Scottish Leaving Certificate Examination, 1959
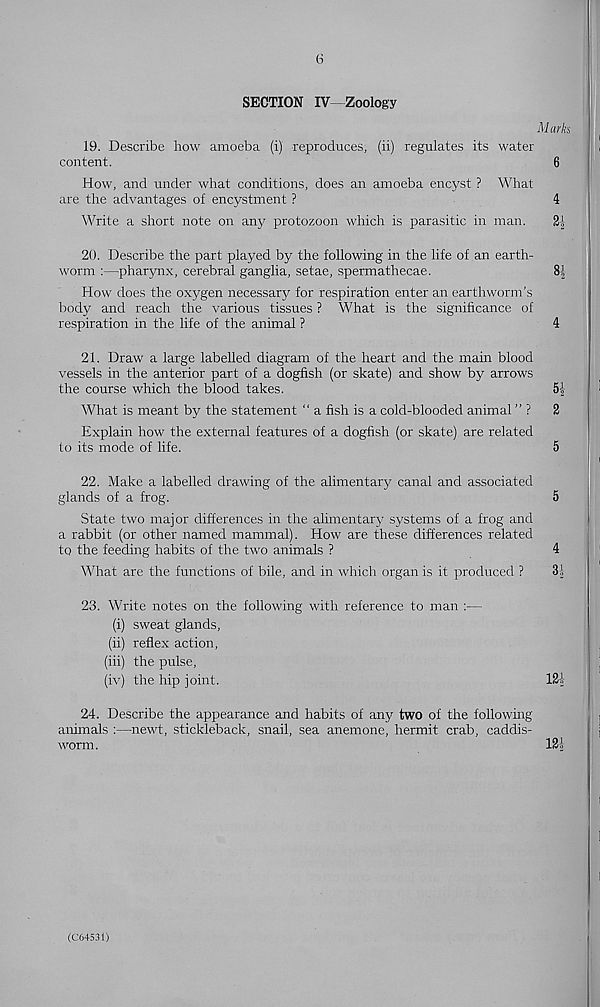
6
SECTION IV Zoology
Marks
19. Describe how amoeba (i) reproduces, (ii) regulates its water
content.
6
How, and under what conditions, does an amoeba encyst ? What
are the advantages of encystment ?
4
Write a short note on any protozoon which is parasitic in man.
20. Describe the part played by the following in the life of an earth-
worm :—pharynx, cerebral ganglia, setae, spermathecae.
8|
How does the oxygen necessary for respiration enter an earthworm's
body and reach the various tissues ? What is the significance of
respiration in the life of the animal ?
4
21. Draw a large labelled diagram of the heart and the main blood
vessels in the anterior part of a dogfish (or skate) and show by arrows
the course which the blood takes.
5 J
2 -
What is meant by the statement “ a fish is a cold-blooded animal ” ? 2
Explain how the external features of a dogfish (or skate) are related
to its mode of life.
5
22. Make a labelled drawing of the alimentary canal and associated
glands of a frog.
5
State two major differences in the alimentary systems of a frog and
a rabbit (or other named mammal). How are these differences related
to the feeding habits of the two animals ?
4
What are the functions of bile, and in which organ is it produced ?
31
23. Write notes on the following with reference to man :—
(i) sweat glands,
(ii) reflex action,
(iii) the pulse,
(iv) the hip joint.
121
24. Describe the appearance and habits of any two of the following
animals :—newt, stickleback, snail, sea anemone, hermit crab, caddis-
worm.
121
(C64531)